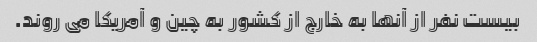
بیست نفر از آنها به خارج از کشور به چین و آمریکا می روند.